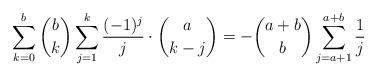
LaTeX: \begin{align*}\sum_{k=0}^b\binom{b}{k}\sum_{j=1}^k\frac{(-1)^j}{j}\cdot\binom{a}{k-j}=-\binom{a+b}{b}\sum_{j=a+1}^{a+b}\frac1j\end{align*}